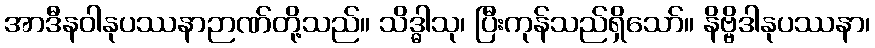
အာဒီနဝါနုပဿနာဉာဏ်တို့သည်။ သိဒ္ဓါသု၊ ပြီးကုန်သည်ရှိသော်။ နိဗ္ဗိဒါနုပဿနာ၊